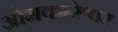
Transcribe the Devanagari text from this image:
ओमकारेश्वर